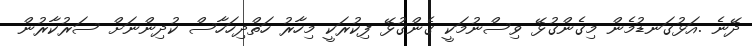
ދޭނެ .އަޅުގަނޑުމެން މިގެންގުޅޭ ވިސްނުމަކީ ގެންގުޅޭ ފިކުރަކީ މިހާރު ހަތްދިހަހާސް ކުދިންނަށް ސަރުކާރުން